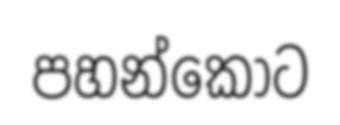
පහන්කොට